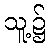
သူ့၌